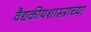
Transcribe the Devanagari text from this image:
वैद्यकीयशास्त्राच्या